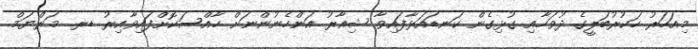
މިއަހަރު ހަކުރުބަލީގެ ދުވަހާއި ގުޅިގެން ކަނޑައަޅާފައިވާ ޝިއާރު އަންހެނުންނަށް ހާއްސަކޮށްފައިވާއިރު ޑރ. މަރްޔަމް